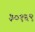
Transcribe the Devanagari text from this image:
३०१६९